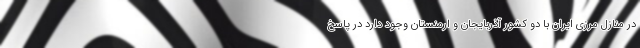
در منازل مرزی ایران با دو کشور آذربایجان و ارمنستان وجود دارد در پاسخ